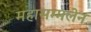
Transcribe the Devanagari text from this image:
महासम्मलेन